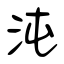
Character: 沌